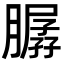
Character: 𦠳